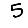
Digit: 5